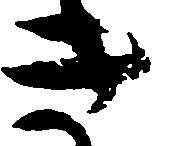
き